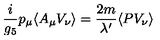
\frac { i } { g _ { 5 } } p _ { \mu } \langle A _ { \mu } V _ { \nu } \rangle = \frac { 2 m } { \lambda ^ { \prime } } \langle P V _ { \nu } \rangle